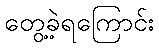
တွေ့ခဲ့ရကြောင်း